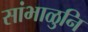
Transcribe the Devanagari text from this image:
सांभाळुनि